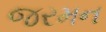
જરમન